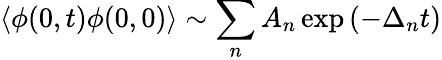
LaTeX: \langle\phi(0,t)\phi(0,0)\rangle\sim\sum_{n}A_{n}\exp\left(-\Delta_{n}t\right)